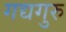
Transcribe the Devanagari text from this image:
गद्यगुरु